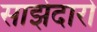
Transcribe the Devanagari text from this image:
साझेदारो